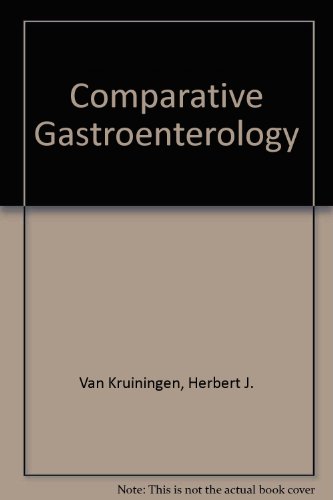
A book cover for Comparative Gastroenterology; Herbert J. Van Kruiningen; Medical Books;